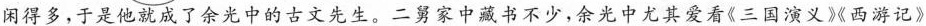
闲得多，于是他就成了余光中的古文先生。二舅家中藏书不少，余光中尤其爱看《三国演义》《西游记》